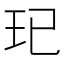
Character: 𤣱